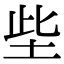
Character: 㘹